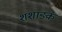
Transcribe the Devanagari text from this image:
शशाङ्क